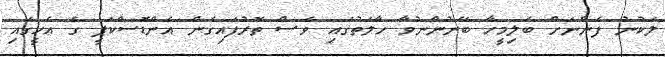
ލަކުނު ފެންނަށް ބަލިމީހާ ބޭނުންނުވާ ހާލަތުގައި ވެސް ތޮރުފައިގެން އެންޑޮސްކަޕީ ގެ އެހީގައި